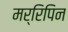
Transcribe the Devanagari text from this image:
मर्रिपिन